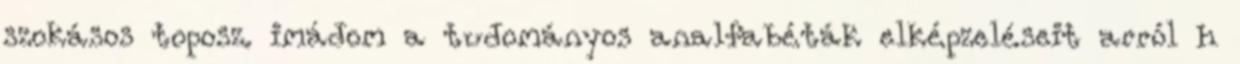
szokásos toposz. imádom a tudományos analfabéták elképzeléseit arról h